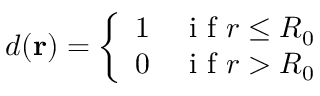
d ( \mathbf { r } ) = \left\{ \begin{array} { l l } { 1 } & { \mathrm { ~ i ~ f ~ } r \leq R _ { 0 } } \\ { 0 } & { \mathrm { ~ i ~ f ~ } r > R _ { 0 } } \end{array} \right.